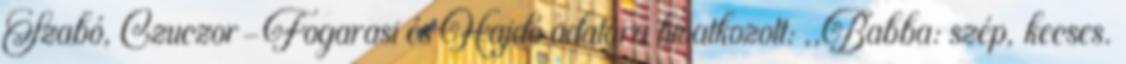
Szabó, Czuczor-Fogarasi és Hajdó adatára hivatkozott: ,,Babba: szép, kecses.